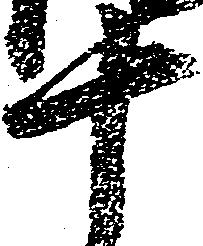
十